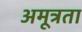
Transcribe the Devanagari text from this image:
अमूत्रता